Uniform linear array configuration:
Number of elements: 48
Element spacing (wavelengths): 1
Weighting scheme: exponential
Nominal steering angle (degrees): -30
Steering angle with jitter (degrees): -28.514
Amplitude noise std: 0.05
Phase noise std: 0.05

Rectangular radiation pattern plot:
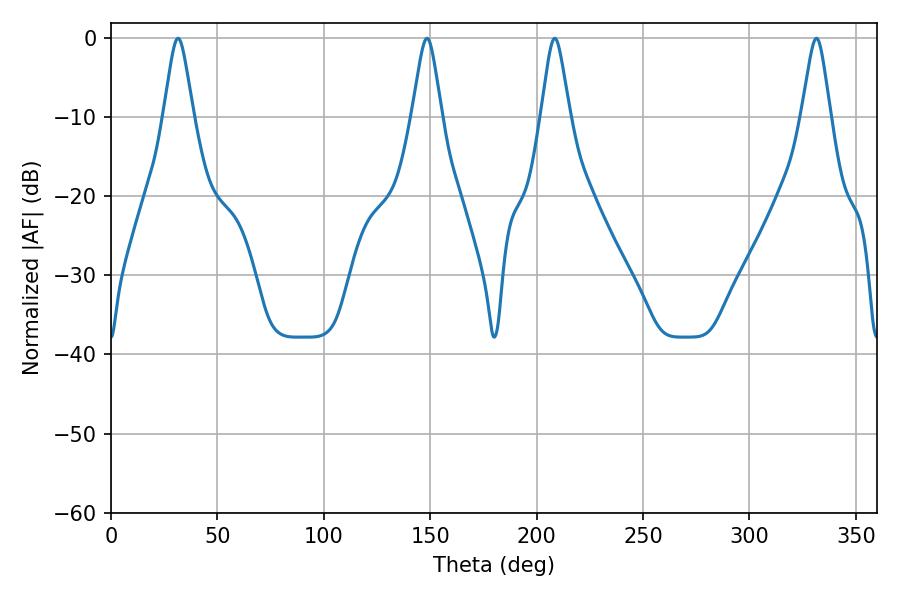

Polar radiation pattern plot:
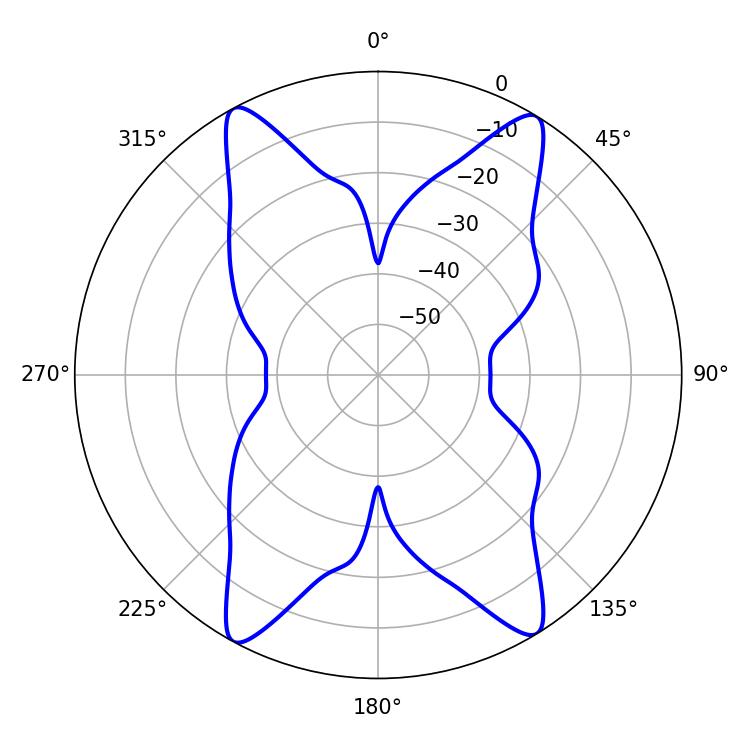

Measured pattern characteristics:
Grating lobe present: TRUE
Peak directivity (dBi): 20.845
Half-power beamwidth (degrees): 6.66
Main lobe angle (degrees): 31.5